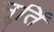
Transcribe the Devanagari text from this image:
मूर्तिं